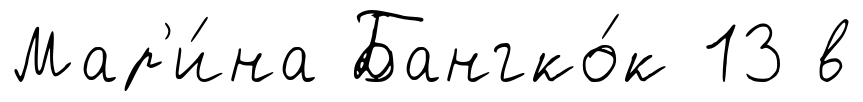
Мар'и́на Бангко́к 13 в